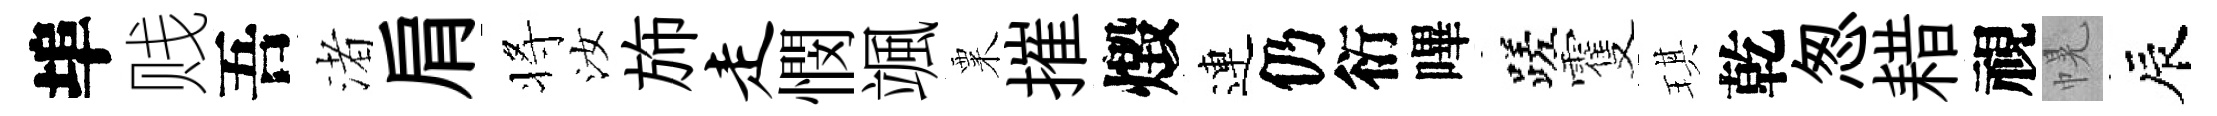
埠贱吾渚肩将汝斾走憫颯粟摧燬連仍衍嗶蹉䨥琪乾怱耤視幌辰